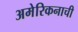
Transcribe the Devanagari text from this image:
अमेरिकनाची